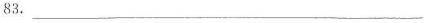
83.___